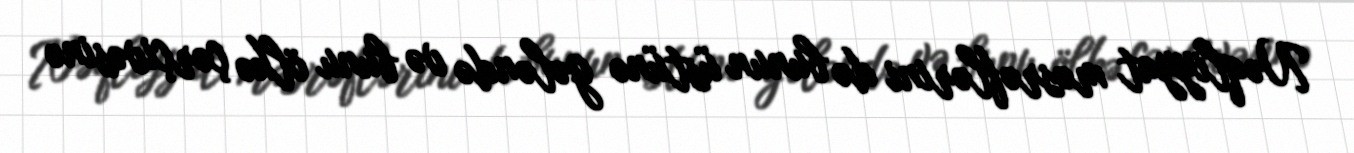
Nəqliyyat məsrəflərini də bunun üstünə gələndə və bunu ölkə çərçivəsinə